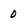
Character: 0